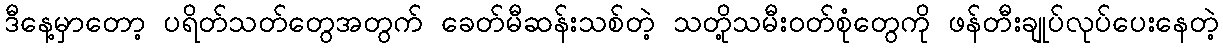
ဒီနေ့မှာတော့ ပရိတ်သတ်တွေအတွက် ခေတ်မီဆန်းသစ်တဲ့ သတို့သမီးဝတ်စုံတွေကို ဖန်တီးချုပ်လုပ်ပေးနေတဲ့